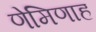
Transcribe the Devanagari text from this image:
णेमिणाह